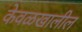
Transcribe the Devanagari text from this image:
केवळखालील